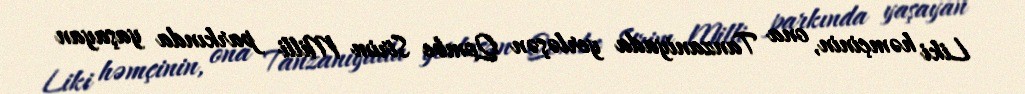
Liki həmçinin, ona Tanzaniyada yerləşən Qombe Strim Milli parkında yaşayan